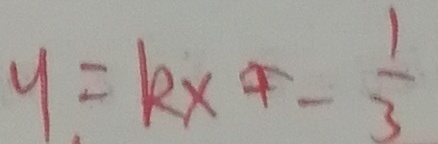
y = k x - \frac { 1 } { 3 }